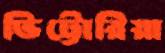
ভিট্টোরিয়া